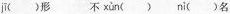
jī ()形不 xùn () nì ()名